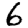
Digit: 6